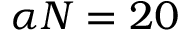
\alpha N = 2 0